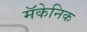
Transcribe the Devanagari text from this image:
मॅकेनिक